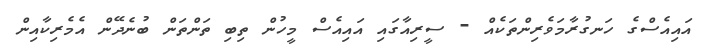
އައިއެސްގެ ހަނގުރާމަވެރިންތަކެއް - ސީރިއާގައި އައިއެސް މީހުން ތިބި ތަންތަން ބުނެދޭން އެމެރިކާއިން